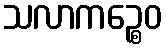
သလာကဉ္စေဝ